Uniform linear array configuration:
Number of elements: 8
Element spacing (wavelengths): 0.25
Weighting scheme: cosine
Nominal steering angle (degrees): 60
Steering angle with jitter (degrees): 59.099
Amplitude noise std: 0.05
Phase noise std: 0.05

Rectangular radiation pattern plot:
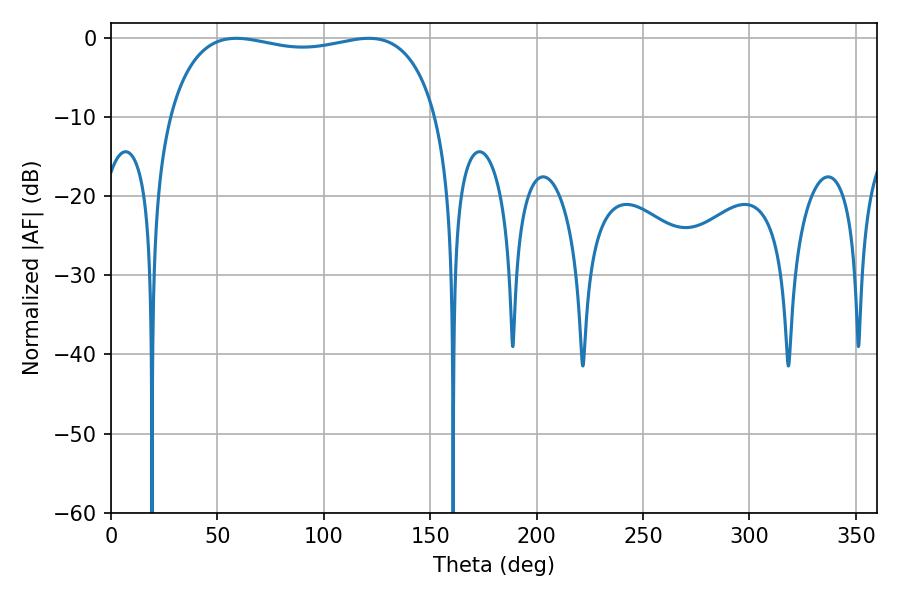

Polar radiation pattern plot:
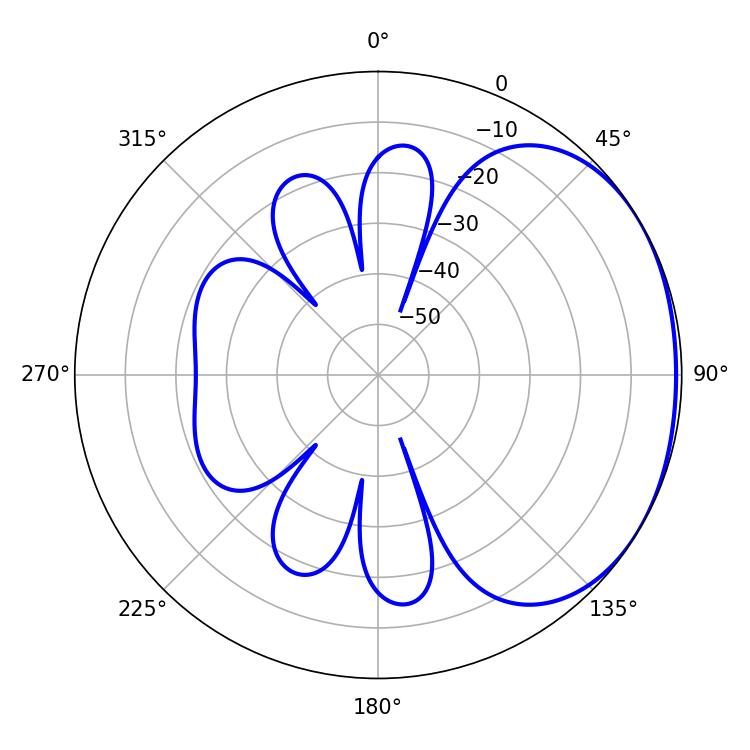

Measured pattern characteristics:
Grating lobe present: FALSE
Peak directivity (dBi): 1.539
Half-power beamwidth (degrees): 102.6
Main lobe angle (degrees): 58.86